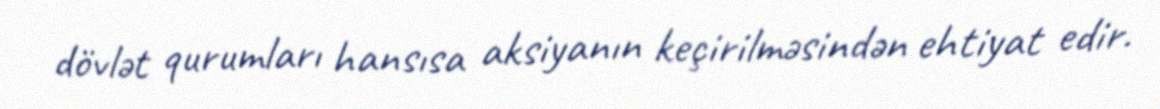
dövlət qurumları hansısa aksiyanın keçirilməsindən ehtiyat edir.